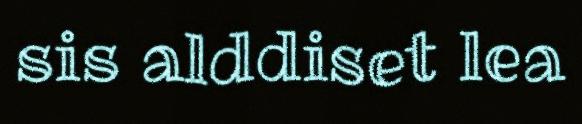
sis alddiset lea